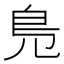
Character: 𠒎